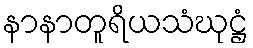
နာနာတူရိယသံဃုဋ္ဌံ